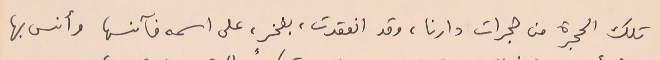
تلك الحجرة من حجرات دارنا، وقد انعقدت، بفخرٍ، على اسمه فآنسها وآنس بها